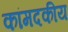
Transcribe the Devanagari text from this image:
कांमदकीय